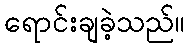
ရောင်းချခဲ့သည်။